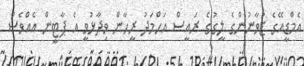
އެމްޑީއޭގެ ޒުވާނުންގެ ލީގުގެ ރައީސް އަހްމަދު ރީހާން ވިދާޅުވީ އެ ޕާޓީން އެއްވެސް